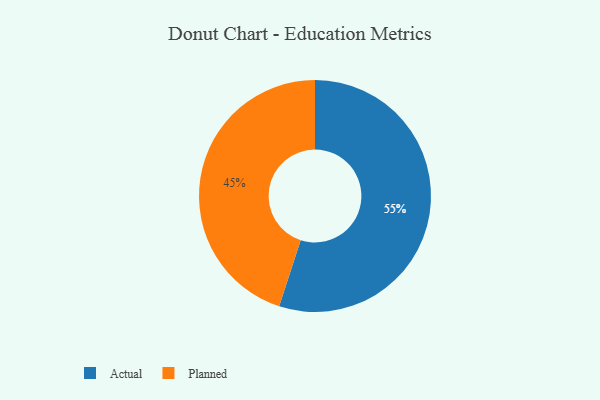
{"axis": {"x": "Category", "y": "Percentage"}, "legend": ["Actual", "Planned"], "data": [{"x": "Planned", "y": 45, "type": "Planned"}, {"x": "Actual", "y": 55, "type": "Actual"}]}